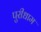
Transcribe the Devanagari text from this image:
पुरीधाम